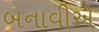
બનાવીએ